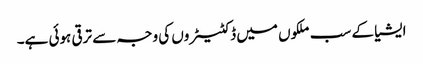
ایشیا کے سب ملکوں میں ڈکٹیٹروں کی وجہ سے ترقی ہوئی ہے۔